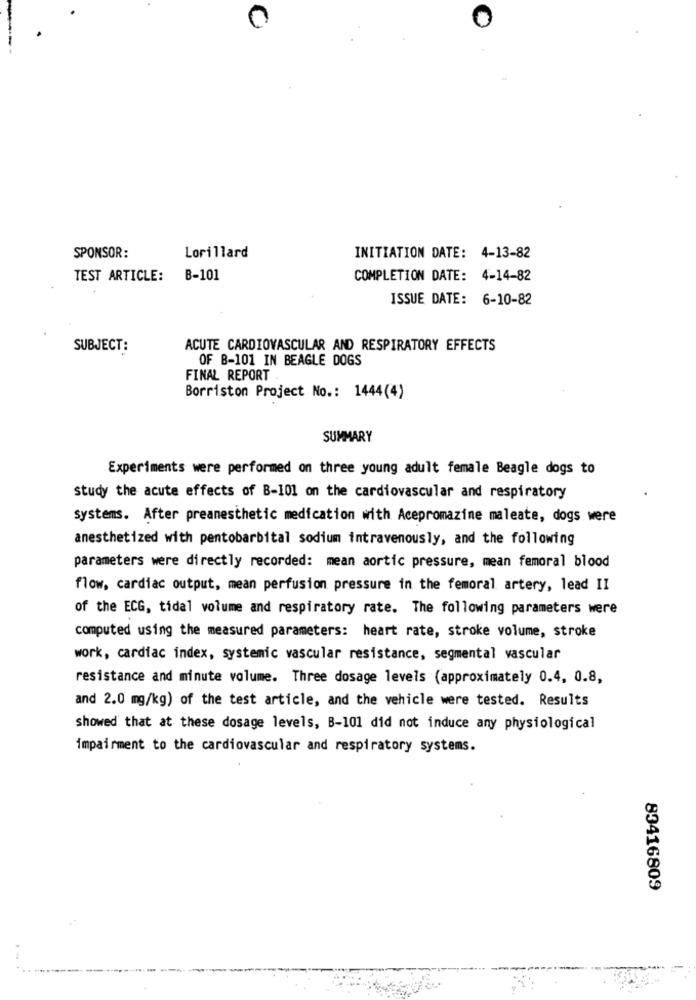
0
0
SPONSOR:
Lorillard
INITIATION DATE: 4-13-82
TEST ARTICLE:
B-101
COMPLETION DATE: 4-14-82
ISSUE DATE: 6-10-82
SUBJECT:
ACUTE CARDIOVASCULAR AND RESPIRATORY EFFECTS
OF B-101 IN BEAGLE DOGS
FINAL REPORT
Borriston Project No .: 1444(4)
SUMMARY
Experiments were performed on three young adult female Beagle dogs to
study the acute effects of B-101 on the cardiovascular and respiratory
systems. After preanesthetic medication with Acepromazine maleate, dogs were
anesthetized with pentobarbital sodium intravenously, and the following
parameters were directly recorded: mean aortic pressure, mean femoral blood
flow, cardiac output, mean perfusion pressure in the femoral artery, lead II
of the ECG, tidal volume and respiratory rate. The following parameters were
computed using the measured parameters: heart rate, stroke volume, stroke
work, cardiac index, systemic vascular resistance, segmental vascular
resistance and minute volume. Three dosage levels (approximately 0.4, 0.8,
and 2.0 mg/kg) of the test article, and the vehicle were tested. Results
showed that at these dosage levels, B-101 did not induce any physiological
impairment to the cardiovascular and respiratory systems.
83416809